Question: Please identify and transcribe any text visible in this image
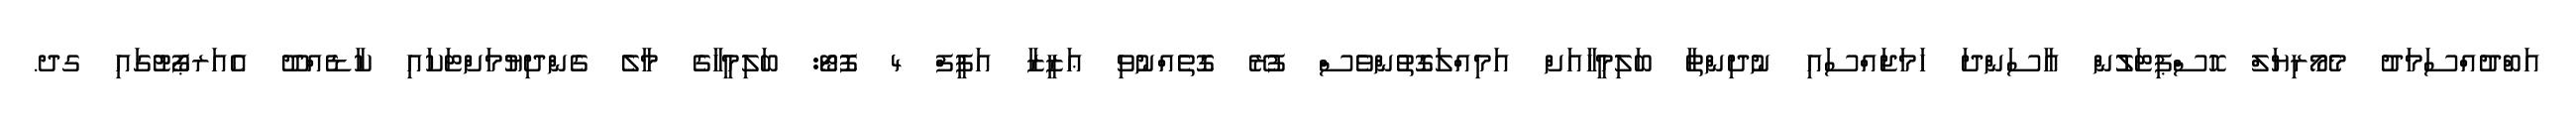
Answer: އަބްދުއްސަމަދު މެމޯރިޔަލް ހޮސްޕިޓަލުުން އާސަންދަ ހަމަޖައްސައި ނުދިންތާ ބަލިމީހާއަށް އަމިއްލަގޮތުންވެސް ފުރޭ ގޮތެއްނުވި ޢަޒީޒާ އަފީފް 4 ފޮޓޯ: ބަލިމީހާގެ މާލެ ގެންދިޔުމަށްޓަކައި ކާޑެއްދޫ އެއަރޕޯޓުގައި ގދ.